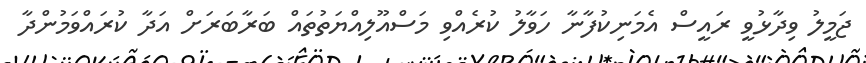
ޖަމީލު ވިދާޅުވީ ރައީސް އެމަނިކުފާނާ ހަވާލު ކުރެއްވި މަސްއޫލިއްޔަތުތައް ބަރާބަރަށް އަދާ ކުރައްވަމުންދާ